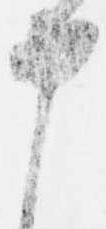
申